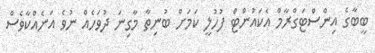
ބީބާގެ އިންސްޓަގްރާމް އެކައުންޓް ފުހުލީ ކަމަށް ބުނިތާ މާގިނަ ދުވަހެއް ނުވެ އަނެއްކާވެސް